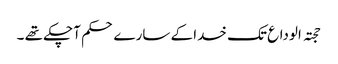
حجتہ الوداع تک خدا کے سارے حکم آچکے تھے ۔